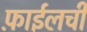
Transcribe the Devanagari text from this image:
फ़ाईलची